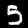
Label: 5